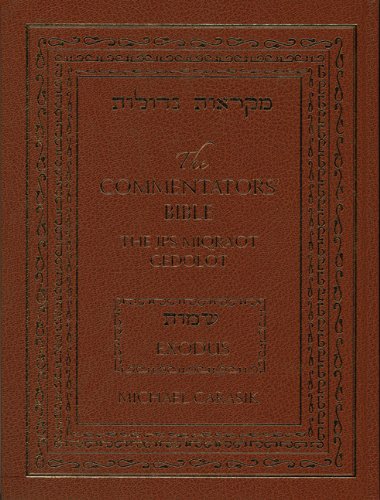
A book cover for The Commentators' Bible: Exodus: The Rubin JPS Miqra'ot Gedolot; Michael Carasik; Religion & Spirituality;